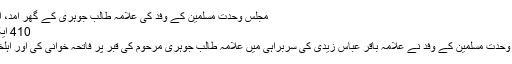
مجلس وحدت مسلمین کے وفد کی علامہ طالب جوہری کے گھر آمد، اہل خانہ سے تعزیت
410 ایک منٹ سے بھی کم
شیعت نیوز : مجلس وحدت مسلمین کے وفد نے علامہ باقر عباس زیدی کی سربراہی میں علامہ طالب جوہری مرحوم کی قبر پر فاتحہ خوانی کی اور اہلخانہ سے تعزیت کی۔